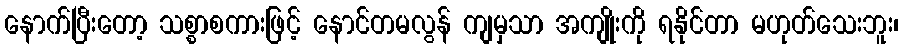
နောက်ပြီးတော့ သစ္စာစကားဖြင့် နောင်တမလွန် ကျမှသာ အကျိုးကို ရနိုင်တာ မဟုတ်သေးဘူး၊